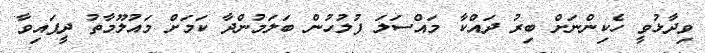
ވިދާޅުވީ ހެކިންނަށް ބިރު ދައްކާ މައްސަލަ ފުލުހުން ބަލަމުންދާ ކަމަށް މައުލޫމާތު ދީފައިވާ